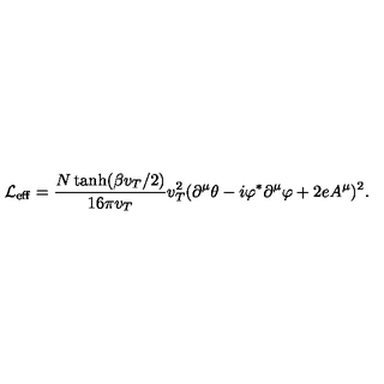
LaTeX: { \cal L } _ { \mathrm { e f f } } = \frac { N \tanh ( \beta v _ { T } / 2 ) } { 1 6 \pi v _ { T } } v _ { T } ^ { 2 } ( \partial ^ { \mu } \theta - i \varphi ^ { * } \partial ^ { \mu } \varphi + 2 e A ^ { \mu } ) ^ { 2 } .